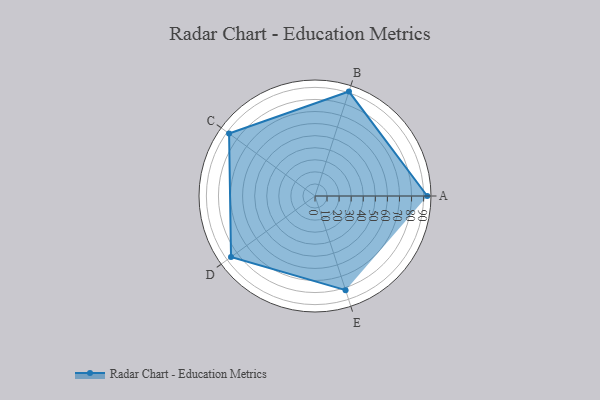
{"axis": {"x": "Skill", "y": "Score"}, "legend": ["Profile"], "data": [{"x": "A", "y": 93.0, "type": "Profile"}, {"x": "B", "y": 91.0, "type": "Profile"}, {"x": "C", "y": 88.0, "type": "Profile"}, {"x": "D", "y": 86.0, "type": "Profile"}, {"x": "E", "y": 82.0, "type": "Profile"}]}